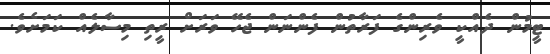
ޓީމުން ދެއްކީ ވެރިންގެ ފަރާތުން ފެންނަން ޖެހޭ ވަރަށް ރީތި މިސާލެއް ކަމަށެވެ.